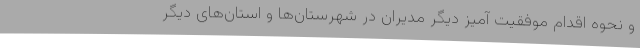
و نحوه اقدام موفقیت آمیز دیگر مدیران در شهرستان‌ها و استان‌های دیگر